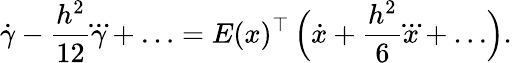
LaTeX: \dot{\gamma}-\frac{h^{2}}{12}\dddot\gamma+\ldots=E(x)^{\top}\, \Bigl(\dot{x}+\frac{h^{2}}6\dddot x+\ldots\Bigr).